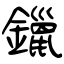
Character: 鑞